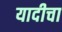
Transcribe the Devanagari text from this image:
यादीचा